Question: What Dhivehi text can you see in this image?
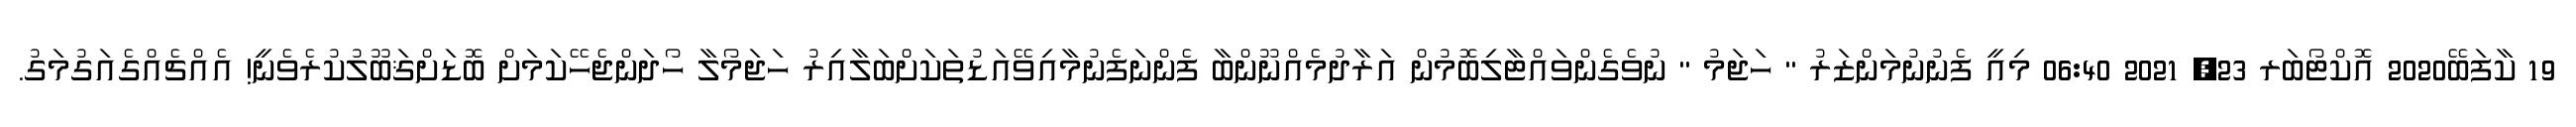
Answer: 19 ކާފަބޭ2020 އޮކްޓޯބަރ 23, 2021 06:40 މިއީ ފެނުނުމަންޒަރު " ހަޖަމު " ނުވެގެންވައްޓާލިބޮމުން އަރާދުމެއްނޫންބާ ފެންނަފެނުމާއިވޭއަޑުތަކަށްބަލާއިރު ހަޖަމޯލާ ހޯދަންޖެހޭކަމަށް ބޮޑަށްޤަބޫލުކުރެވެނީ! އެއްޗެއްގެއަގުމަގު.